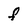
Character: f